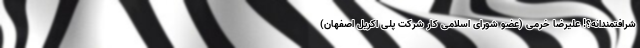
شرافتمندانه؟! علیرضا خرمی (عضو شورای اسلامی کار شرکت پلی اکریل اصفهان)